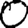
Digit: 0